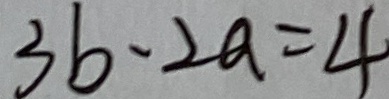
3 b - 2 a = 4